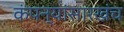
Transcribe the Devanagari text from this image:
कंपन्यांसारखंच